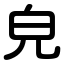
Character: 皃